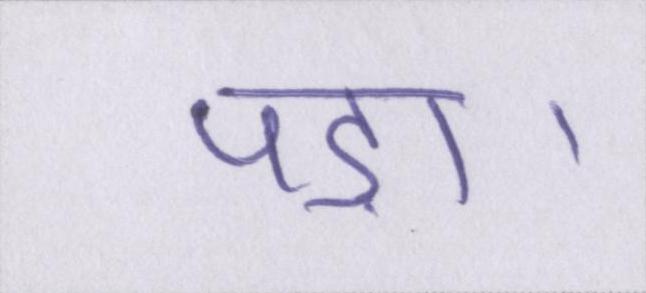
पड़ा।